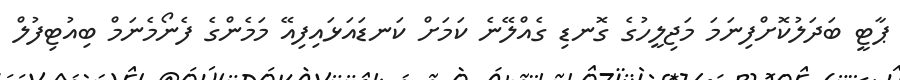
ޕާޓީ ބަދަލުކޮށްފިނަމަ މަޖިލީހުގެ ގޮނޑި ގެއްލޭނެ ކަމަށް ކަނޑައަޅައިފިއޭ މަމެންގެ ފެނޯމެނަމް ބިއުޓިފުލް